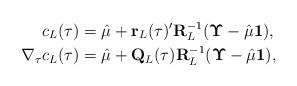
LaTeX: \begin{align*}c_L(\tau)&=\hat\mu+\mathbf{r}_L(\tau)'\mathbf{R}_L^{-1}(\mathbf \Upsilon-\hat\mu \mathbf 1),\\\nabla_\tau c_L(\tau)&=\hat\mu+\mathbf{Q}_L(\tau)\mathbf{R}_L^{-1}(\mathbf \Upsilon-\hat\mu \mathbf 1),\end{align*}